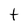
Character: t